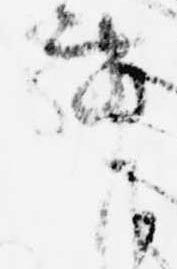
事